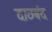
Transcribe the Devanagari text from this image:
दाछबंद